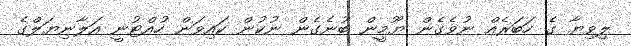
ލިވިޔާ ގެ ހަބަރެއް ނުވެގެން ޔޫމީން ބުނެގެން ނުކުން ކައިވަން ހުއްޓުނީ އަލާނިޔަލްގެ